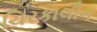
ચિરકાલીન